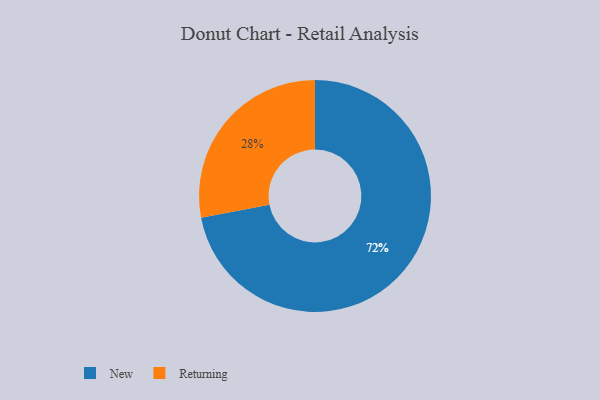
{"axis": {"x": "Category", "y": "Percentage"}, "legend": ["New", "Returning"], "data": [{"x": "New", "y": 72, "type": "New"}, {"x": "Returning", "y": 28, "type": "Returning"}]}